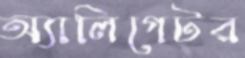
অ্যালিগেটর